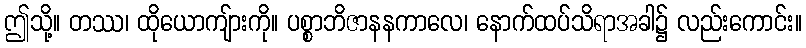
ဤသို့။ တဿ၊ ထိုယောကျ်ားကို။ ပစ္စာဘိဇာနနကာလေ၊ နောက်ထပ်သိရာအခါ၌ လည်းကောင်း။